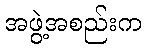
အဖွဲ့အစည်းက